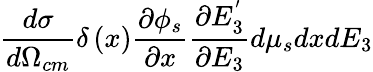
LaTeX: \frac{d\sigma}{d\Omega_{cm}}\delta\left(x\right)\frac{\partial\phi_{s}}{\partial x}\frac{\partial E_{3}^{'}}{\partial E_{3}}d\mu_{s}dxdE_{3}